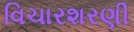
વિચારશરણી